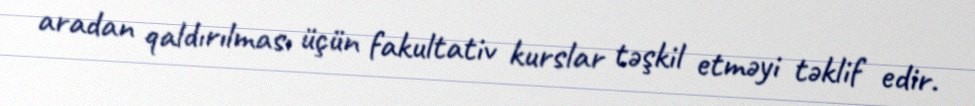
aradan qaldırılması üçün fakultativ kurslar təşkil etməyi təklif edir.